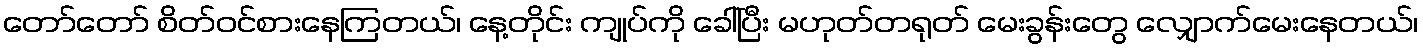
တော်တော် စိတ်ဝင်စားနေကြတယ်၊ နေ့တိုင်း ကျုပ်ကို ခေါ်ပြီး မဟုတ်တရုတ် မေးခွန်းတွေ လျှောက်မေးနေတယ်၊